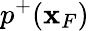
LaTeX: p^{+}({\mathbf x}_{F})